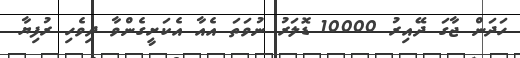
ހަދަން ޖާގަ ދޭއިރު 10000 ޑޮލަރު ނުވަތަ އެއާ އެކަށީގެންވާ ދިވެހި ރުފިޔާ